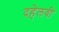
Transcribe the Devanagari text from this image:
दहेलवी